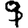
Digit: 9